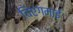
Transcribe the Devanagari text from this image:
चिएंगमाई